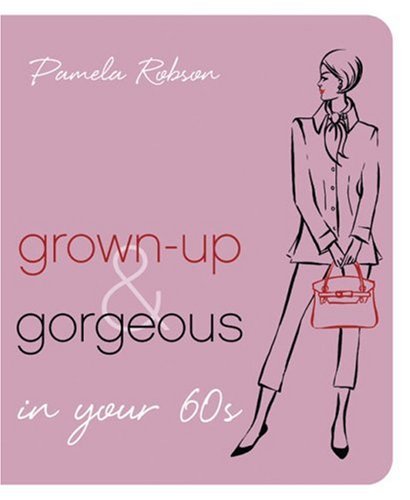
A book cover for Grown-Up & Gorgeous in Your 60s; Pamela Robson; Health, Fitness & Dieting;